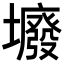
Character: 𡓊